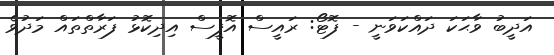
އަދީބު ވާޙަކަ ދައްކަވަނީ - ފޮޓޯ: ރައީސް އޮފީސް އިދިކޮޅު ފަރާތްތައް މަދުވެ